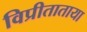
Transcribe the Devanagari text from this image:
विप्रीताताया